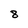
Character: 8